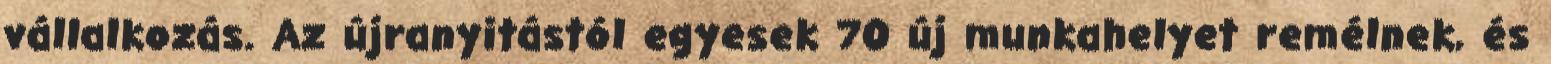
vállalkozás. Az újranyitástól egyesek 70 új munkahelyet remélnek, és